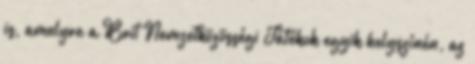
is, amelyre a Brit Nemzetközösségi Játékok egyik helyszínén, az